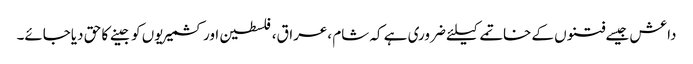
داعش جیسے فتنوں کے خاتمے کیلئے ضروری ہے کہ شام ،عراق،فلسطین اور کشمیریوں کو جینے کا حق دیاجائے۔